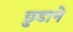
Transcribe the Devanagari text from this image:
छ़ुडाने